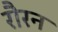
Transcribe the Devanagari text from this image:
रौरन